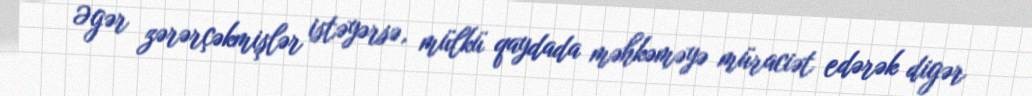
Əgər zərərçəkmişlər istəyərsə, mülkü qaydada məhkəməyə müraciət edərək digər